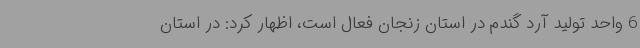
6 واحد تولید آرد گندم در استان زنجان فعال است، اظهار کرد: در استان